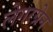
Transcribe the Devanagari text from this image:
लेगरग्रेन